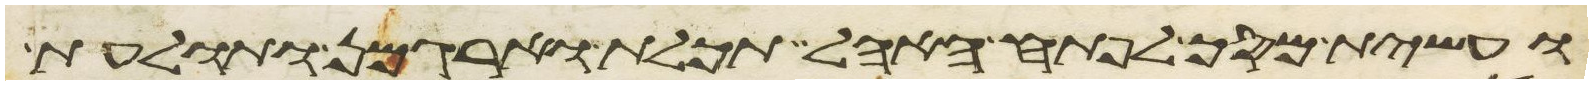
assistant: ועשית מסך לפתח האהל תכלת וארגמן ותולעת